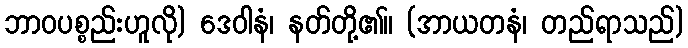
ဘာဝပစ္စည်းဟူလို) ဒေဝါနံ၊ နတ်တို့၏။ (အာယတနံ၊ တည်ရာသည်)